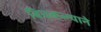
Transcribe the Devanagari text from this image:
बिचकल्याने